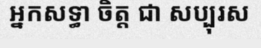
អ្នកសទ្ធា ចិត្ត ជា សប្បុរស